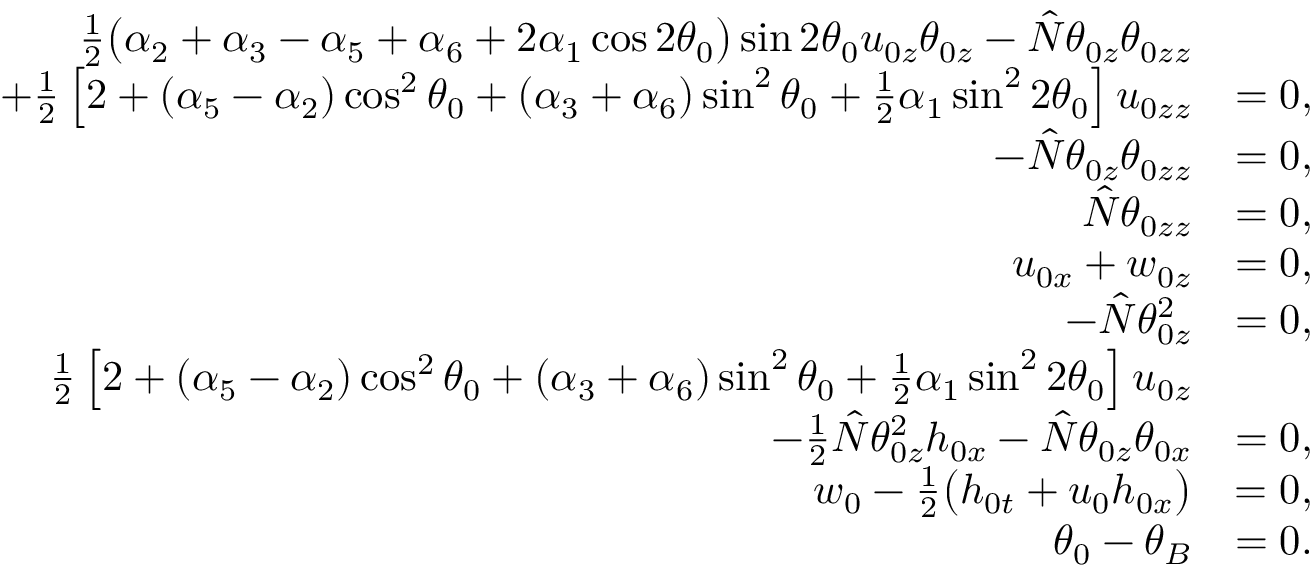
\begin{array} { r l } { \frac { 1 } { 2 } \big ( \alpha _ { 2 } + \alpha _ { 3 } - \alpha _ { 5 } + \alpha _ { 6 } + 2 \alpha _ { 1 } \cos { 2 \theta _ { 0 } } \big ) \sin { 2 \theta _ { 0 } } u _ { 0 z } \theta _ { 0 z } - \hat { N } \theta _ { 0 z } \theta _ { 0 z z } } \\ { + \frac { 1 } { 2 } \left[ 2 + ( \alpha _ { 5 } - \alpha _ { 2 } ) \cos ^ { 2 } { \theta _ { 0 } } + ( \alpha _ { 3 } + \alpha _ { 6 } ) \sin ^ { 2 } { \theta _ { 0 } } + \frac { 1 } { 2 } \alpha _ { 1 } \sin ^ { 2 } { 2 \theta _ { 0 } } \right] u _ { 0 z z } } & { = 0 , } \\ { - \hat { N } \theta _ { 0 z } \theta _ { 0 z z } } & { = 0 , } \\ { \hat { N } \theta _ { 0 z z } } & { = 0 , } \\ { u _ { 0 x } + w _ { 0 z } } & { = 0 , } \\ { - \hat { N } \theta _ { 0 z } ^ { 2 } } & { = 0 , } \\ { \frac { 1 } { 2 } \left[ 2 + ( \alpha _ { 5 } - \alpha _ { 2 } ) \cos ^ { 2 } { \theta _ { 0 } } + ( \alpha _ { 3 } + \alpha _ { 6 } ) \sin ^ { 2 } { \theta _ { 0 } } + \frac { 1 } { 2 } \alpha _ { 1 } \sin ^ { 2 } { 2 \theta _ { 0 } } \right] u _ { 0 z } } \\ { - \frac { 1 } { 2 } \hat { N } \theta _ { 0 z } ^ { 2 } h _ { 0 x } - \hat { N } \theta _ { 0 z } \theta _ { 0 x } } & { = 0 , } \\ { w _ { 0 } - \frac { 1 } { 2 } \big ( h _ { 0 t } + u _ { 0 } h _ { 0 x } \big ) } & { = 0 , } \\ { \theta _ { 0 } - \theta _ { B } } & { = 0 . } \end{array}